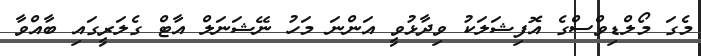
މެގަ މޯލްޑިވްސްގެ އޮފިޝަލަކު ވިދާޅުވީ އަންނަ މަހު ނޭޝަނަލް އާޓް ގެލަރީގައި ބާއްވާ